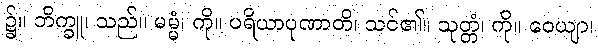
၌။ ဘိက္ခူ၊ သည်။ မမ္မံ၊ ကို။ ပရိယာပုဏာတိ၊ သင်၏။ သုတ္တံ၊ ကို။ ဝေယျာ၊